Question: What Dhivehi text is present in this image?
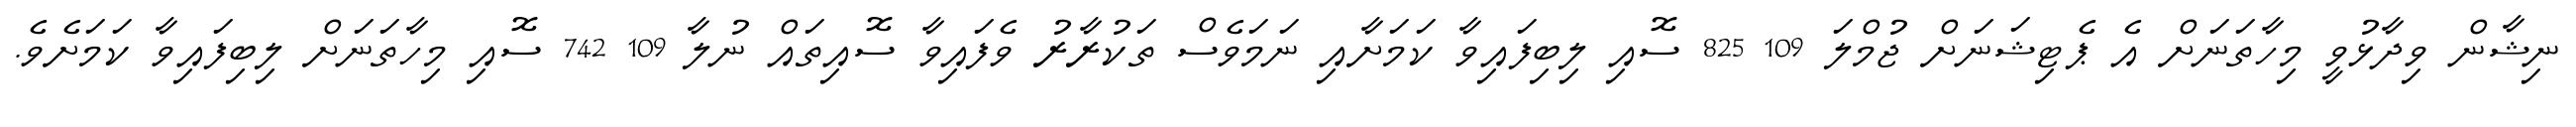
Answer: ނިޝާން ވިދާޅުވީ މިހާތަނަށް އެ ޕެޓިޝަނަށް ޖުމްލަ 109 825 ސޮއި ލިބިފައިވާ ކަމަށާއި ނަމަވެސް ތަކުރާރު ވެފައިވާ ސޮއިތައް ނުލާ 109 742 ސޮއި މިހާތަނަށް ލިބިފައިވާ ކަމަށެވެ.